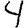
Digit: 4